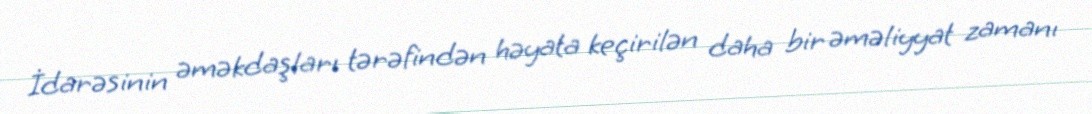
İdarəsinin əməkdaşları tərəfindən həyata keçirilən daha bir əməliyyat zamanı